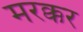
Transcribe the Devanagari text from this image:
मरक्कर